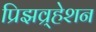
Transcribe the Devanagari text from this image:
प्रिझव्र्हेशन